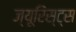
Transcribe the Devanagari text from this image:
ज्यूरिस्ट्स